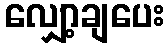
လျှော့ချပေး